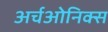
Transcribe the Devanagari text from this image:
अर्चओनिक्स